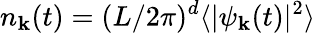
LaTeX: n_{\mathbf k}(t)=(L/2\pi)^{d}\langle|\psi_{\mathbf k}(t)|^{2}\rangle